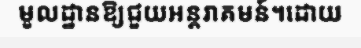
មូលដ្ឋានឱ្យជួយអន្តរាគមន៍។ដោយ